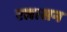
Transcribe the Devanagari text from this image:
रत्नासन